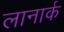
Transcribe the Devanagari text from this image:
लानार्क